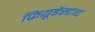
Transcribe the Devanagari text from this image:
फ्रियूडेंस्टाट